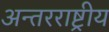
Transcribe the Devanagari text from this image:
अन्‍तरराष्ट्रीय